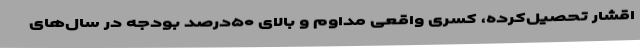
اقشار تحصیل‌کرده، کسری واقعی مداوم و بالای ۵۰درصد بودجه در سال‌های